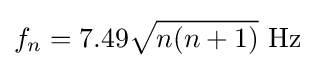
f_{n}=7.49{\sqrt {n(n+1)}}\ {\text{Hz}}